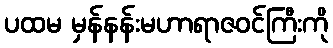
ပထမ မှန်နန်းမဟာရာဇဝင်ကြီးကို